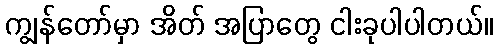
ကျွန်တော်မှာ အိတ် အပြာတွေ ငါးခုပါပါတယ်။